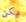
يكن